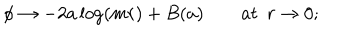
LaTeX: \phi \rightarrow - 2 a \log ( m r ) + B ( a ) \qquad a t ~ \ r \rightarrow 0 ;